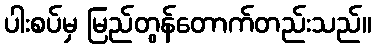
ပါးစပ်မှ မြည်တွန်တောက်တည်းသည်။